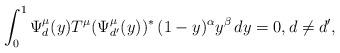
LaTeX: \begin{align*} \int_0^1 \Psi^{\mu}_d(y) T^{\mu} (\Psi^{\mu}_{d'}(y))^* \, (1-y)^\alpha y^\beta\, dy = 0,d\neq d', \end{align*}